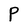
Character: P